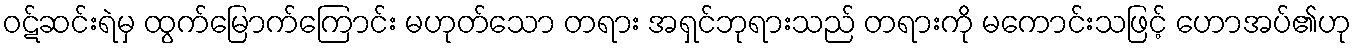
ဝဋ်ဆင်းရဲမှ ထွက်မြောက်ကြောင်း မဟုတ်သော တရား အရှင်ဘုရားသည် တရားကို မကောင်းသဖြင့် ဟောအပ်၏ဟု